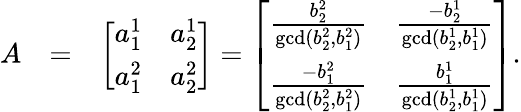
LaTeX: \begin{array}{rlr}{A}&{=}&{\left[\begin{array}{cc}{a_{1}^{1}}&{a_{2}^{1}}\\ {a_{1}^{2}}&{a_{2}^{2}}\end{array}\right]=\left[\begin{array}{cc}{\frac{b_{2}^{2}}{\operatorname*{gcd}(b_{2}^{2},b_{1}^{2})}}&{\frac{-b_{2}^{1}}{\operatorname*{gcd}(b_{2}^{1},b_{1}^{1})}}\\ {\frac{-b_{1}^{2}}{\operatorname*{gcd}(b_{2}^{2},b_{1}^{2})}}&{\frac{b_{1}^{1}}{\operatorname*{gcd}(b_{2}^{1},b_{1}^{1})}}\end{array}\right].}\end{array}